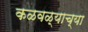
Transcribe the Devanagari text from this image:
कळवळ्याच्या